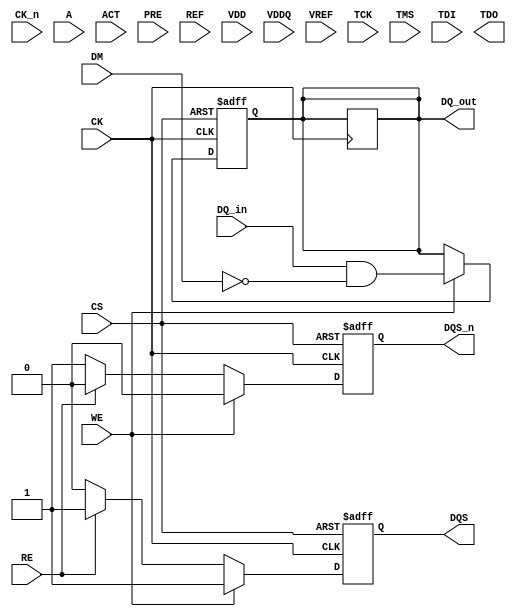
module ddr3_io_block (
    // Clock and Control Signals
    input wire CK,          // Clock input
    input wire CK_n,        // Complementary clock input
    input wire CS,          // Chip Select
    input wire WE,          // Write Enable
    input wire RE,          // Read Enable
    input wire [15:0] DM,   // Data Mask
    input wire [15:0] DQ_in, // Data input
    output wire [15:0] DQ_out, // Data output
    output wire DQS,        // Data Strobe
    output wire DQS_n,      // Complementary Data Strobe
    // Address and Command Signals
    input wire [12:0] A,    // Address lines
    input wire ACT,         // Activate command
    input wire PRE,         // Precharge command
    input wire REF,         // Refresh command
    // Power Management
    input wire VDD,         // Power supply
    input wire VDDQ,        // I/O power supply
    input wire VREF,        // Reference voltage
    // Simulation and Test Features
    input wire TCK,         // Test Clock
    input wire TMS,         // Test Mode Select
    input wire TDI,         // Test Data In
    output wire TDO         // Test Data Out
);

// Internal signals
reg [15:0] dq_reg;          // Data register
reg dqs_reg;                // Data Strobe register
reg dqs_n_reg;              // Complementary Data Strobe register

// Clock Management
always @(posedge CK or negedge CS) begin
    if (!CS) begin
        // Reset logic
        dq_reg <= 16'b0;
        dqs_reg <= 1'b0;
        dqs_n_reg <= 1'b1;
    end else begin
        if (WE) begin
            // Write operation
            dq_reg <= DQ_in & ~DM; // Apply data mask
            dqs_reg <= 1'b1;        // Assert DQS
            dqs_n_reg <= 1'b0;      // Assert DQS#
        end else if (RE) begin
            // Read operation
            DQ_out <= dq_reg;       // Output data
            dqs_reg <= 1'b1;        // Assert DQS
            dqs_n_reg <= 1'b0;      // Assert DQS#
        end else begin
            dqs_reg <= 1'b0;        // Deassert DQS
            dqs_n_reg <= 1'b1;      // Deassert DQS#
        end
    end
end

// Output assignments
assign DQ_out = dq_reg;
assign DQS = dqs_reg;
assign DQS_n = dqs_n_reg;

// Power Management Logic (Placeholder)
always @(posedge CK) begin
    // Implement power management logic here
end

// Test Access Mechanism (Placeholder)
always @(posedge TCK) begin
    // Implement boundary scan or BIST logic here
end

endmodule